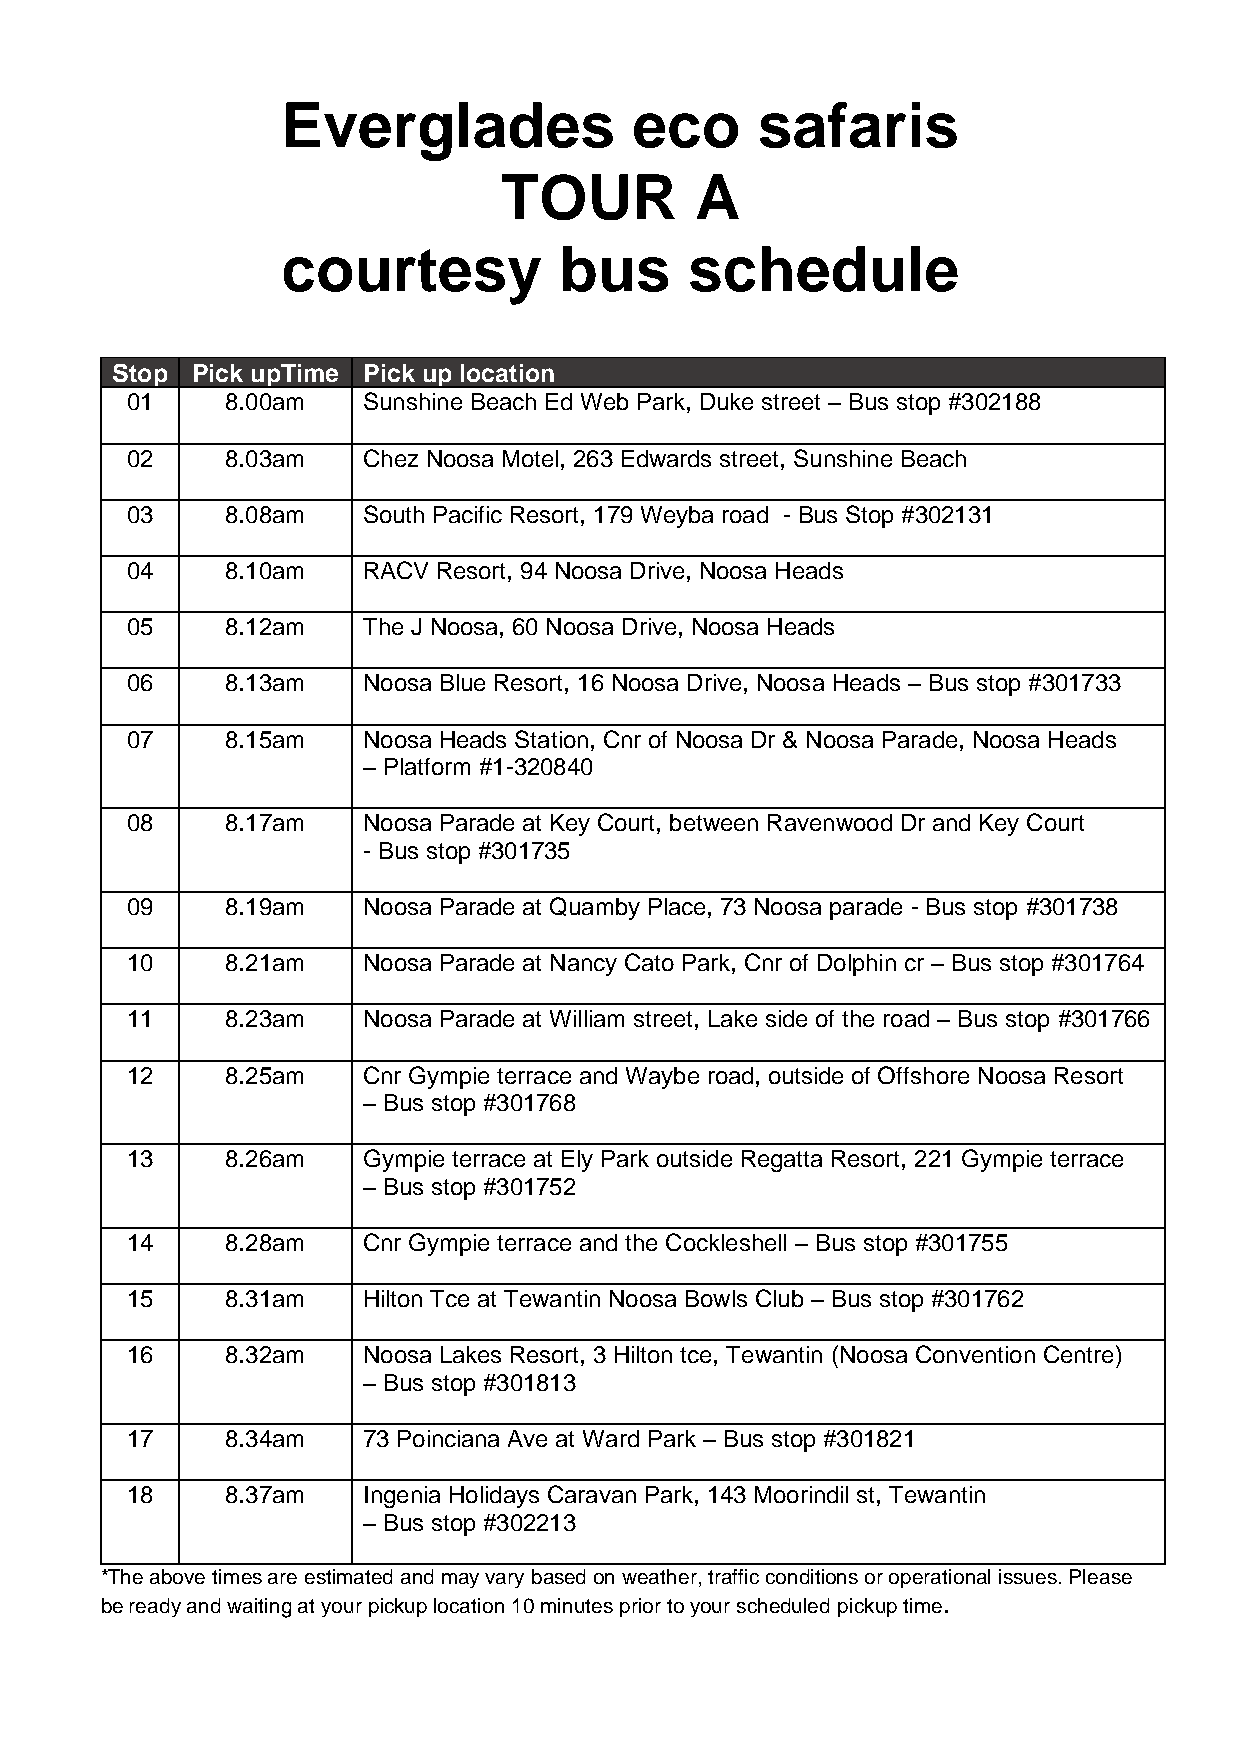
Everglades             eco     safaris
 TOUR         A
 courtesy          bus      schedule
 Stop  Pick upTime Pick up location
 01     8.00am   Sunshine Beach Ed Web Park, Duke street – Bus stop #302188
 02     8.03am   Chez Noosa Motel, 263 Edwards street, Sunshine Beach
 03     8.08am   South Pacific Resort, 179 Weyba road - Bus Stop #302131
 04     8.10am   RACV Resort, 94 Noosa Drive, Noosa Heads
 05     8.12am   The J Noosa, 60 Noosa Drive, Noosa Heads
 06     8.13am   Noosa Blue Resort, 16 Noosa Drive, Noosa Heads – Bus stop #301733
 07     8.15am   Noosa Heads Station, Cnr of Noosa Dr & Noosa Parade, Noosa Heads
 – Platform #1-320840
 08     8.17am   Noosa Parade at Key Court, between Ravenwood Dr and Key Court
 - Bus stop #301735
 09     8.19am   Noosa Parade at Quamby Place, 73 Noosa parade - Bus stop #301738
 10     8.21am   Noosa Parade at Nancy Cato Park, Cnr of Dolphin cr – Bus stop #301764
 11     8.23am   Noosa Parade at William street, Lake side of the road – Bus stop #301766
 12     8.25am   Cnr Gympie terrace and Waybe road, outside of Offshore Noosa Resort
 – Bus stop #301768
 13     8.26am   Gympie terrace at Ely Park outside Regatta Resort, 221 Gympie terrace
 – Bus stop #301752
 14     8.28am   Cnr Gympie terrace and the Cockleshell – Bus stop #301755
 15     8.31am   Hilton Tce at Tewantin Noosa Bowls Club – Bus stop #301762
 16     8.32am   Noosa Lakes Resort, 3 Hilton tce, Tewantin (Noosa Convention Centre)
 – Bus stop #301813
 17     8.34am   73 Poinciana Ave at Ward Park – Bus stop #301821
 18     8.37am   Ingenia Holidays Caravan Park, 143 Moorindil st, Tewantin
 – Bus stop #302213
 *The above times are estimated and may vary based on weather, traffic conditions or operational issues. Please
 be ready and waiting at your pickup location 10 minutes prior to your scheduled pickup time.